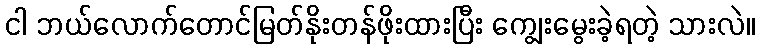
ငါ ဘယ်လောက်တောင်မြတ်နိုးတန်ဖိုးထားပြီး ကျွေးမွေးခဲ့ရတဲ့ သားလဲ။